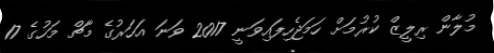
މުލާން ރިލީޒް ކުރުމަށް ހަމަޖެހިފައިވަނީ 2017 ވަނަ އަހަރުގެ މާޗް މަހުގެ 17